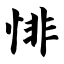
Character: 悱